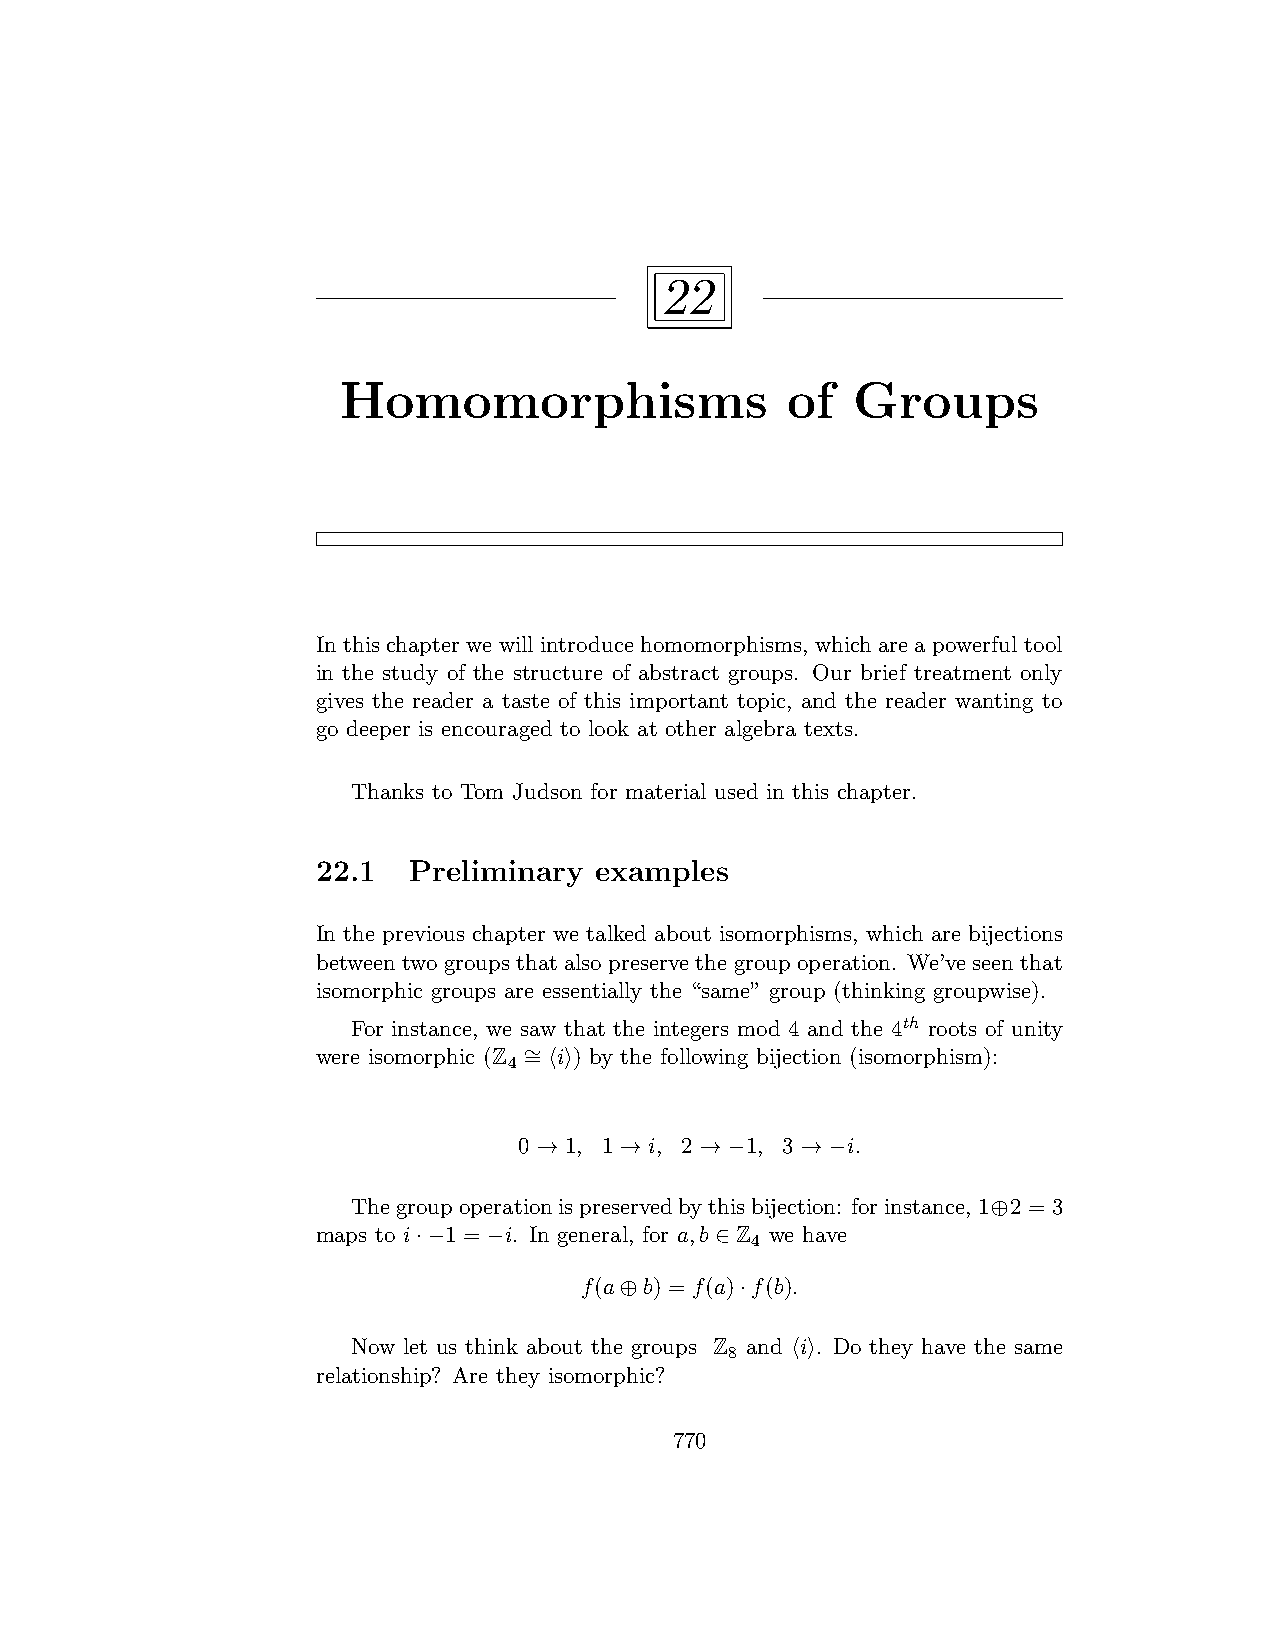
22
 Homomorphisms                of   Groups
 In this chapter we will introduce homomorphisms, which are a powerful tool
 in the study of the structure of abstract groups. Our brief treatment only
 gives the reader a taste of this important topic, and the reader wanting to
 go deeper is encouraged to look at other algebra texts.
 Thanks to Tom Judson for material used in this chapter.
 22.1  Preliminary examples
 In the previous chapter we talked about isomorphisms, which are bijections
 between two groups that also preserve the group operation. We’ve seen that
 isomorphic groups are essentially the “same” group (thinking groupwise).
 For instance, we saw that the integers mod 4 and the 4th roots of unity
 were isomorphic (Z ∼ = ⟨i⟩) by the following bijection (isomorphism):
 4
 0 → 1, 1 → i, 2 → −1, 3 → −i.
 Thegroupoperationispreservedbythisbijection: forinstance,1⊕2 = 3
 maps to i·−1 = −i. In general, for a,b ∈ Z we have
 4
 f(a⊕b) = f(a)·f(b).
 Now let us think about the groups Z and ⟨i⟩. Do they have the same
 8
 relationship? Are they isomorphic?
 770